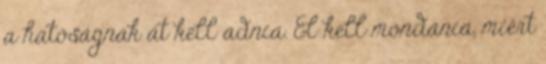
a hatóságnak át kell adnia. El kell mondania, miért